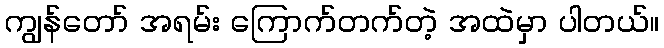
ကျွန်တော် အရမ်း ကြောက်တက်တဲ့ အထဲမှာ ပါတယ်။